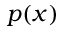
p ( x )